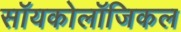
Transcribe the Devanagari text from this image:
सॉयकोलॉजिकल